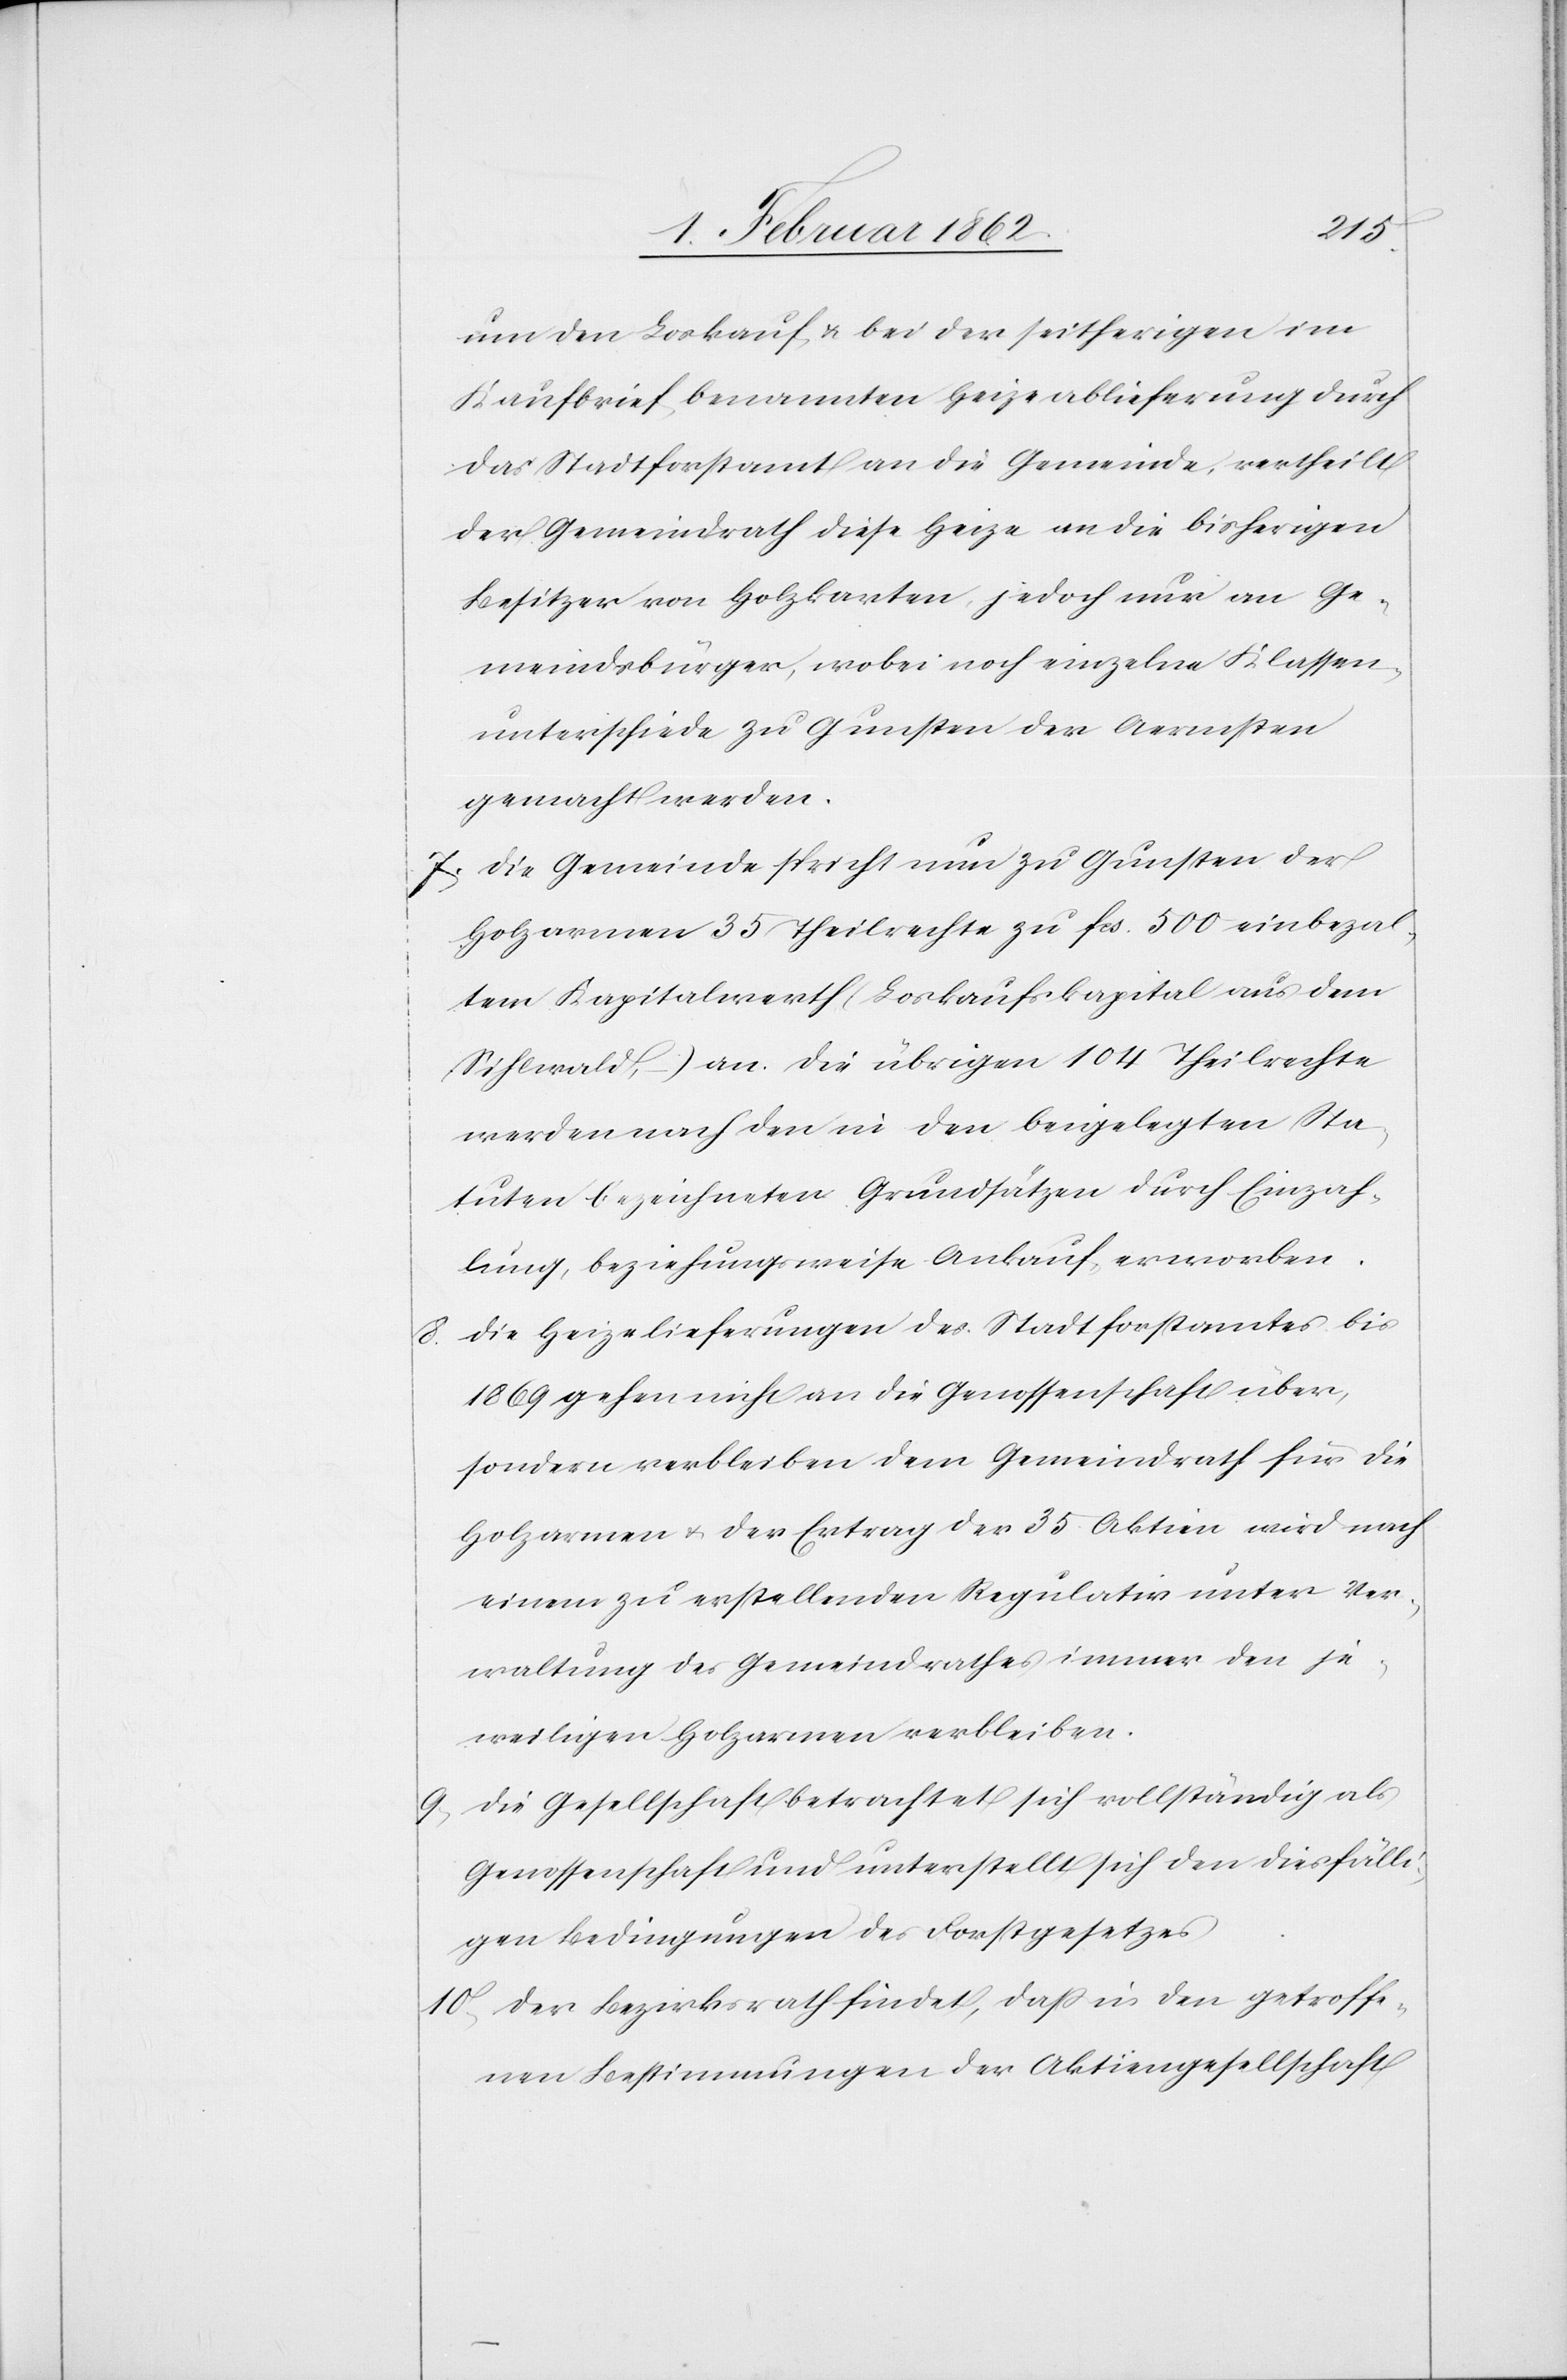
um den Loskauf, u. bei der seitherigen im
Kaufbrief benannten Heizeablieferung durch
das Stadtforstamt an die Gemeinde, vertheilt
der Gemeindrath diese Heize an die bisherigen
Besitzer von Holzkarten, jedoch nur an Ge¬
meindsbürger, wobei noch einzelne Klassen¬
unterschiede zu Gunsten der Aermsten
gemacht werden.
7) die Gemeinde spricht nun zu Gunsten der
Holzarmen 35 Theilrechte zu fcs. 500 einbezal¬
tem Kapitalwerth (Loskaufskapital aus dem
Sihlwald,) an. Die übrigen 104 Theilrechte
werden nach den in den beigelegten Sta¬
tuten bezeichneten Grundsätzen durch Einzah¬
lung, beziehungsweise Ankauf, erworben.
8) die Heizelieferungen des Stadtforstamtes bis
1869 gehen nicht an die Genossenschaft über,
sondern verbleiben dem Gemeindrath für die
Holzarmen u. der Ertrag der 35 Aktien wird nach
einem zu erstellenden Regulativ unter Ver¬
waltung des Gemeindrathes immer den je¬
weiligen Holzarmen verbleiben.
9) die Gesellschaft betrachtet sich vollständig als
Genossenschaft und unterstellt sich den diesfälli¬
gen Bedingungen des Forstgesetzes.
10) der Bezirksrath findet, daß in den getroffe¬
nen Bestimmungen der Aktiengesellschaft